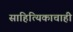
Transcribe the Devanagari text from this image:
साहित्यिकाचाही